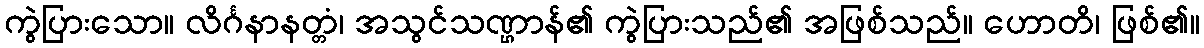
ကွဲပြားသော။ လိင်္ဂနာနတ္တံ၊ အသွင်သဏ္ဌာန်၏ ကွဲပြားသည်၏ အဖြစ်သည်။ ဟောတိ၊ ဖြစ်၏။